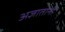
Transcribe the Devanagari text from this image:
अज्ञातांनी